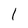
Character: 1